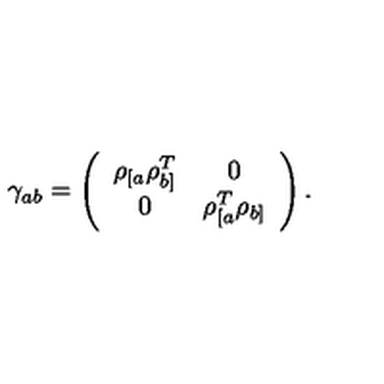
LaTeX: \gamma _ { a b } = \left( \begin{array} { c c } { \rho _ { [ a } \rho _ { b ] } ^ { T } } & { 0 } \\ { 0 } & { \rho _ { [ a } ^ { T } \rho _ { b ] } } \\ \end{array} \right) .